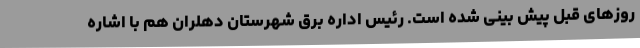
روزهای قبل پیش بینی شده است. رئیس اداره برق شهرستان دهلران هم با اشاره